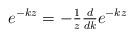
LaTeX: \begin{align*}e^{-kz}=-\tfrac{1}{z}\tfrac{d}{dk}e^{-kz}\end{align*}